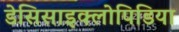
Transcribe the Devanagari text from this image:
डेसिसाइक्लोपिडिया